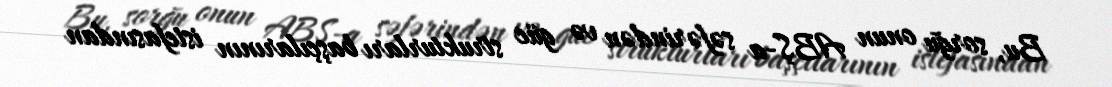
Bu, sorğu onun ABŞ-a səfərindən və güc strukturları başçılarının istefasından